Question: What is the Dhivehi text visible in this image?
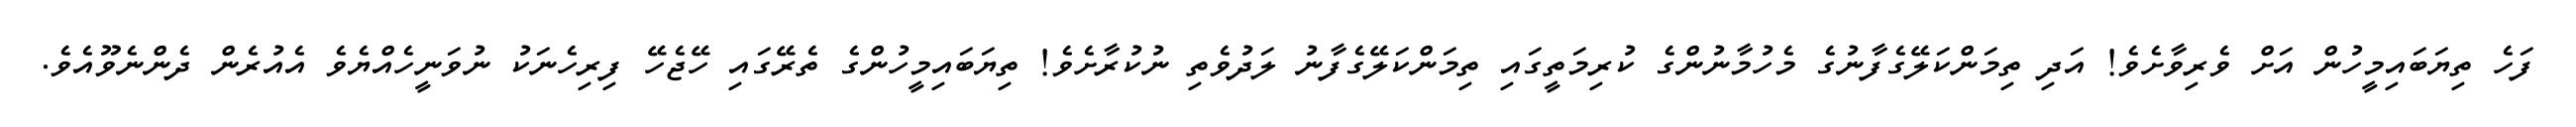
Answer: ފަހެ ތިޔަބައިމީހުން އަށް ވެރިވާށެވެ! އަދި ތިމަންކަލޭގެފާނުގެ މެހުމާނުންގެ ކުރިމަތީގައި ތިމަންކަލޭގެފާނު ލަދުވެތި ނުކުރާށެވެ! ތިޔަބައިމީހުންގެ ތެރޭގައި ހޭޖެހޭ ފިރިހެނަކު ނުވަނީހެއްޔެވެ އެއުރެން ދެންނެވޫއެވެ.